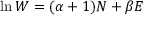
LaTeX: \ln W = ( \alpha + 1 ) N + \beta E